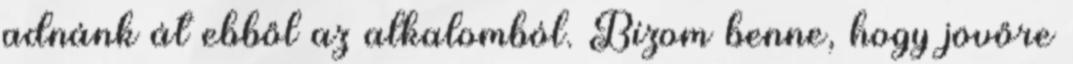
adnánk át ebből az alkalomból. Bízom benne, hogy jövőre